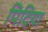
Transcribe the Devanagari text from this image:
पिदिया